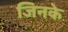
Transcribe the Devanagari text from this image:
जिनके